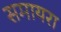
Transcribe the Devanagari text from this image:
समायरा